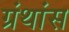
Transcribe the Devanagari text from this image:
ग्रंथांस